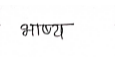
मजकूर: भाष्य